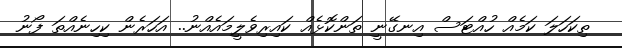
ތިކަހަލަ ކަމެއް ހުއްޓަސް އިނގޭނީ ތަންކޮޅެއް ކައިރިވެލީމައެއްނު.. އަހަރެން ކިހިނެއްތަ ފޯނު